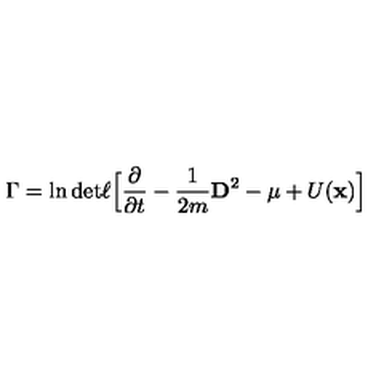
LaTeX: \Gamma = \ln \mathrm { d e t } \ell \Big \lbrack \frac { \partial } { \partial t } - \frac { 1 } { 2 m } { \bf D } ^ { 2 } - \mu + U ( { \bf x } ) \Big \rbrack